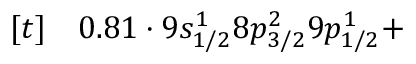
\begin{array} { r l } { [ t ] } & { { } 0 . 8 1 \cdot 9 s _ { 1 / 2 } ^ { 1 } 8 p _ { 3 / 2 } ^ { 2 } 9 p _ { 1 / 2 } ^ { 1 } + } \end{array}